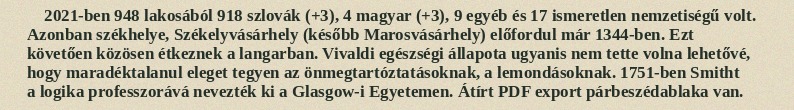
2021-ben 948 lakosából 918 szlovák (+3), 4 magyar (+3), 9 egyéb és 17 ismeretlen nemzetiségű volt. Azonban székhelye, Székelyvásárhely (később Marosvásárhely) előfordul már 1344-ben. Ezt követően közösen étkeznek a langarban. Vivaldi egészségi állapota ugyanis nem tette volna lehetővé, hogy maradéktalanul eleget tegyen az önmegtartóztatásoknak, a lemondásoknak. 1751-ben Smitht a logika professzorává nevezték ki a Glasgow-i Egyetemen. Átírt PDF export párbeszédablaka van.